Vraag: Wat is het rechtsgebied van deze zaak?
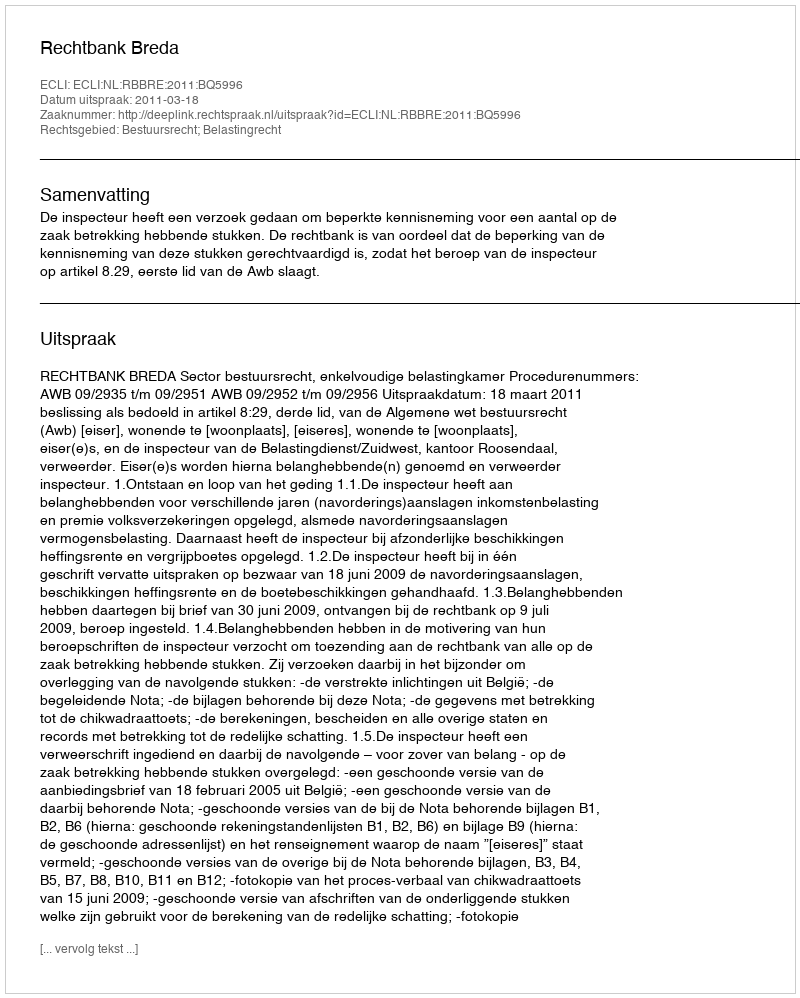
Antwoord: Bestuursrecht; Belastingrecht